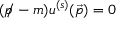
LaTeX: ( { p \! \! \! / } - m ) u ^ { ( s ) } ( { \vec { p } } ) = 0